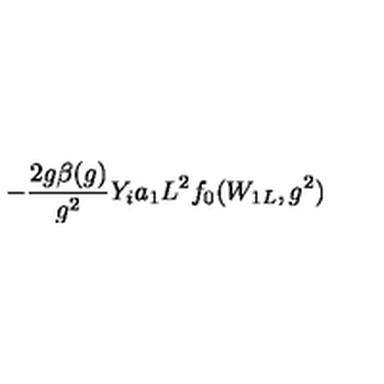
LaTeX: - \frac { 2 g \beta ( g ) } { g ^ { 2 } } Y _ { i } a _ { 1 } L ^ { 2 } f _ { 0 } ( W _ { 1 L } , g ^ { 2 } )